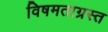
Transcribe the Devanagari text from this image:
विषमताग्रस्त